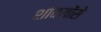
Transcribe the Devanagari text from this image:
शांकवोंसे